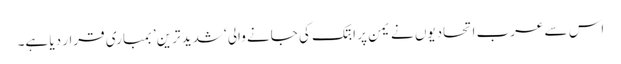
اس سے عرب اتحادیوں نے یمن پر ابتک کی جانے والی ‘شدید ترین’ بمباری قرار دیا ہے۔